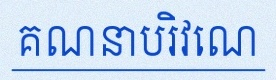
គណនាបរិវេណ